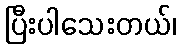
ပြီးပါသေးတယ်၊